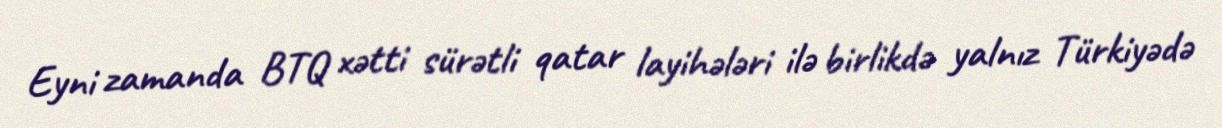
Eyni zamanda BTQ xətti sürətli qatar layihələri ilə birlikdə yalnız Türkiyədə